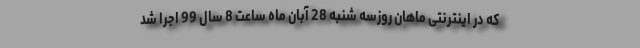
که در اینترنتی ماهان روزسه شنبه 28 آبان ماه ساعت 8 سال 99 اجرا شد